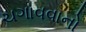
ચગાવવાનો